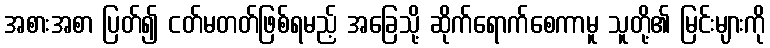
အစားအစာ ပြတ်၍ ငတ်မတတ်ဖြစ်ရမည့် အခြေသို့ ဆိုက်ရောက်စေကာမူ သူတို့၏ မြင်းများကို